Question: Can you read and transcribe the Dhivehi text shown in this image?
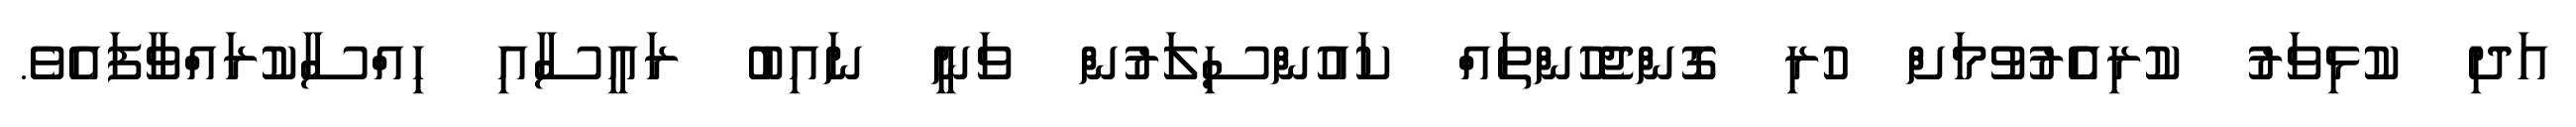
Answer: އަދި ކުޅިވަރު ކުރިއެެރުވުމަށް ހުރި ގޮންޖެހުންތައް ކައުންސިލަރުން ވަނީ ނައިބު ރައީސާއި ހިއްސާކުރައްވާފައެވެ.